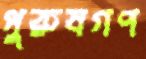
পুরুষগণ